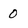
Character: 0